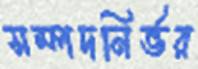
সম্পদনির্ভর